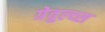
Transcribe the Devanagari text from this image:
ग्रेवुल्व्स